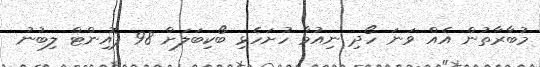
މުބާރާތުން އެއް ވަނަ ހޯދި ނިއުމާ ހުށަހެޅި ބޯކިބަލަށް 98 ޕޮއިންޓް ލިބުނު